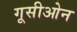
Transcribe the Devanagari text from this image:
गूसीओन